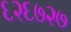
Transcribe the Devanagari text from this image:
६२६७२७